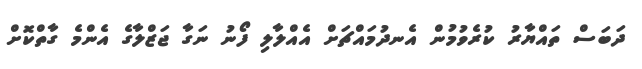
ދަބަސް ތައްޔާރު ކުރެވުމުން އެނދުމައްޗަށް އެއްލާލި ފޯނު ނަގާ ޖަޒްލާގެ އެންމެ ގާތްކޮށް